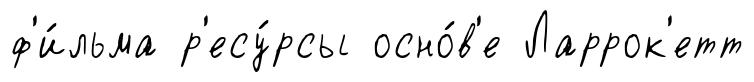
ф'и́льма р'есу́рсы осно́в'е Ларрок'етт